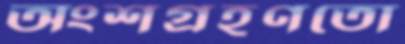
অংশগ্রহণতো